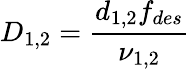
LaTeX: D_{1,2}=\frac{d_{1,2}f_{des}}{\nu_{1,2}}